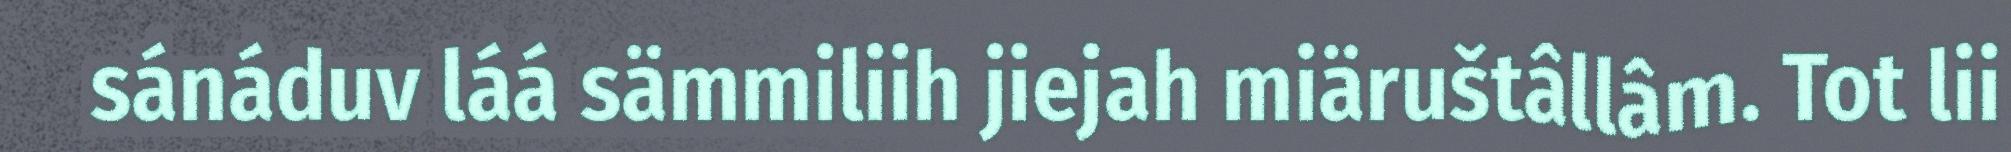
sánáduv láá sämmiliih jiejah miäruštâllâm. Tot lii